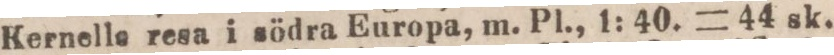
Kernelle resa i södra Europa, m. Pl., 1: 40. = 44 sk.